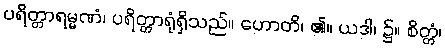
ပရိတ္တာရမ္မဏံ၊ ပရိတ္တာရုံရှိသည်။ ဟောတိ၊ ၏။ ယဒါ၊ ၌။ စိတ္တံ၊